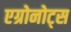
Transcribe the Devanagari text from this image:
एग्रोनोट्स